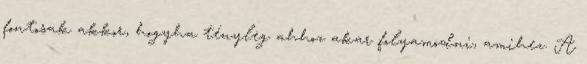
fontosak akkor, hogyha tényleg ahhoz akar folyamodni, amihez. A